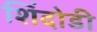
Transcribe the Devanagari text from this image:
शिंदोडी